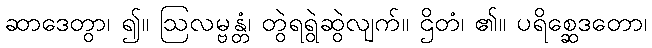
ဆာဒေတွာ၊ ၍။ ဩလမ္ဗန္တံ၊ တွဲရရွဲဆွဲလျက်။ ဌိတံ၊ ၏။ ပရိစ္ဆေဒတော၊